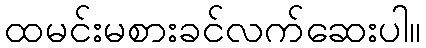
ထမင်းမစားခင်လက်ဆေးပါ။